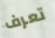
تعرف